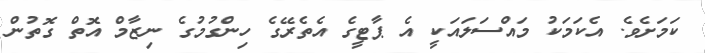
ކަމަށެވެ. އެކަމަކު މައްސަލައަކީ އެ ޕާޓީގެ އެތެރޭގެ ހިންގުމުގެ ނިޒާމް އޮތް ގޮތުން